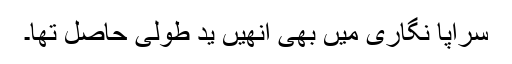
سراپا نگاری میں بھی انھیں ید طولیٰ حاصل تھا۔